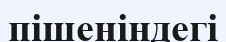
пішеніндегі